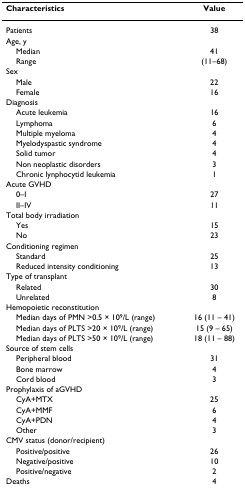
| Characteristics | Value |
 | --- | --- |
 | Patients | 38 |
 | Age, y |  |
 | Median | 41 |
 | Range | (11–68) |
 | Sex |  |
 | Male | 22 |
 | Female | 16 |
 | Diagnosis |  |
 | Acute leukemia | 16 |
 | Lymphoma | 6 |
 | Multiple myeloma | 4 |
 | Myelodyspastic syndrome | 4 |
 | Solid tumor | 4 |
 | Non neoplastic disorders | 3 |
 | Chronic lynphocytid leukemia | 1 |
 | Acute GVHD |  |
 | 0–I | 27 |
 | II–IV | 11 |
 | Total body irradiation |  |
 | Yes | 15 |
 | No | 23 |
 | Conditioning regimen |  |
 | Standard | 25 |
 | Reduced intensity conditioning | 13 |
 | Type of transplant |  |
 | Related | 30 |
 | Unrelated | 8 |
 | Hemopoietic reconstitution |  |
 | Median days of PMN >0.5 × 109/L (range) | 16 (11 – 41) |
 | Median days of PLTS >20 × 109/L (range) | 15 (9 – 65) |
 | Median days of PLTS >50 × 109/L (range) | 18 (11 – 88) |
 | Source of stem cells |  |
 | Peripheral blood | 31 |
 | Bone marrow | 4 |
 | Cord blood | 3 |
 | Prophylaxis of aGVHD |  |
 | CyA+MTX | 25 |
 | CyA+MMF | 6 |
 | CyA+PDN | 4 |
 | Other | 3 |
 | CMV status (donor/recipient) |  |
 | Positive/positive | 26 |
 | Negative/positive | 10 |
 | Positive/negative | 2 |
 | Deaths | 4 |